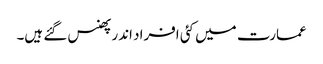
عمارت میں کئی افراد اندر پھنس گئے ہیں۔